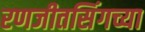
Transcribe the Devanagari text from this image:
रणजीतसिंगच्या